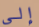
إلى